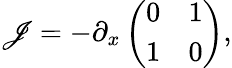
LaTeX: \mathscr{J}=-\partial_{x}\left(\begin{array}{ll}{0}&{1}\\ {1}&{0}\end{array}\right),